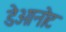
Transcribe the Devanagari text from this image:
डेओनोट